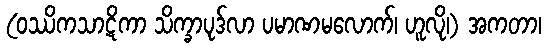
(ဝဿိကသာဋိကာ သိက္ခာပုဒ်လာ ပမာဏမလောက်၊ ဟူလို၊) အကတာ၊